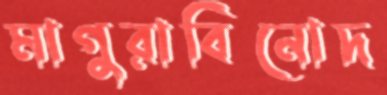
মাগুরাবিনোদ